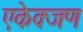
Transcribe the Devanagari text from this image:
एकेक्जण